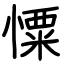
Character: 憟